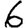
Digit: 6